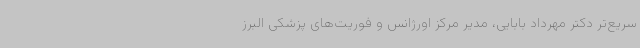
سریع‌تر دکتر مهرداد بابایی، مدیر مرکز اورژانس و فوریت‌های پزشکی البرز